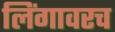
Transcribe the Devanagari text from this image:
लिंगावरच